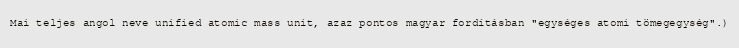
Mai teljes angol neve unified atomic mass unit, azaz pontos magyar fordításban "egységes atomi tömegegység".)